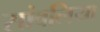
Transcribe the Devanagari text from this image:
सांवलिया